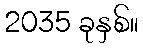
2035 ခုနှစ်။